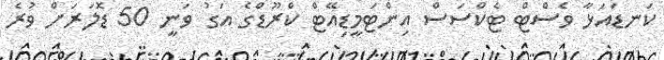
ކަނޑައަޅާ ވެސްޓް ޓެކްސަސް އިންޓަމީޑިއޭޓް ކްރޫޑްގެ އަގު ވަނީ 50 ޑޮލަރަށް ވުރެ